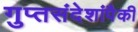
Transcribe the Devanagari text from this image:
गुप्तसंदेशांपैकी